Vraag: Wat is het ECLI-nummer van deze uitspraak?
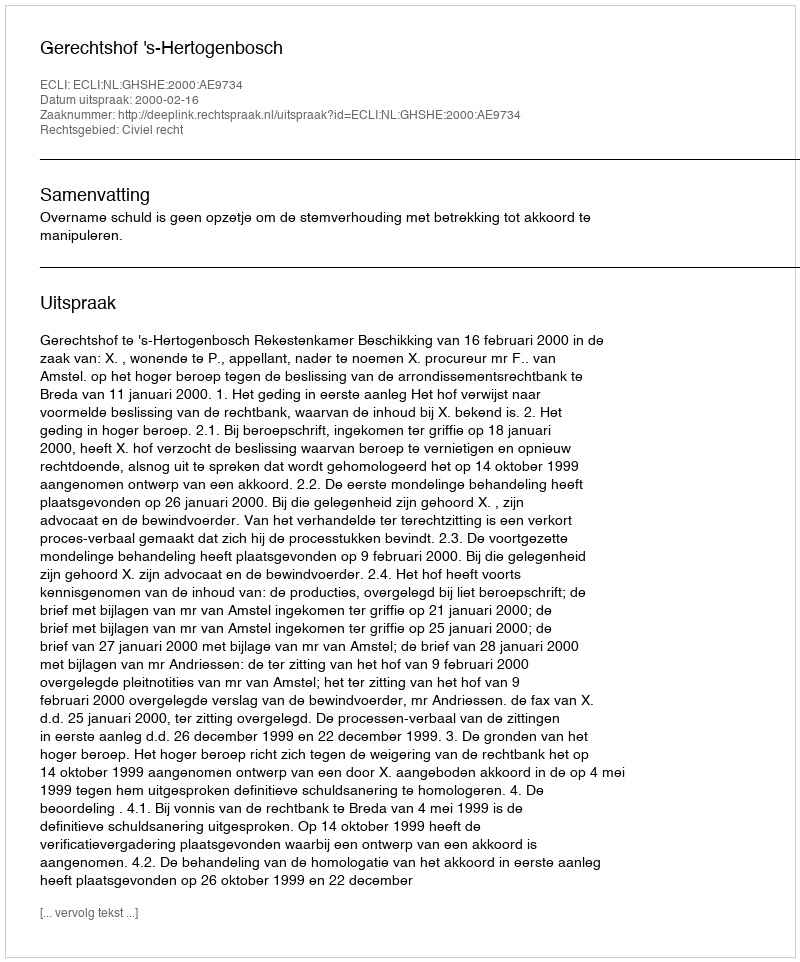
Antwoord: ECLI:NL:GHSHE:2000:AE9734